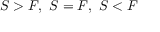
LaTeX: S > F , \ S = F , \ S < F